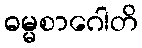
ဓမ္မစာဂေါတိ